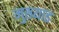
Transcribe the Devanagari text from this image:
मुख्याड